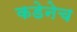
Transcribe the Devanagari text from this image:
कडेनेच